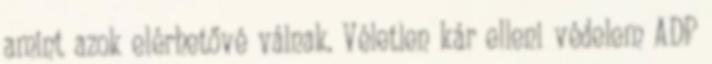
amint azok elérhetővé válnak. Véletlen kár elleni védelem ADP